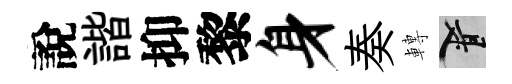
說諧抑黎身奏轉柳